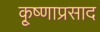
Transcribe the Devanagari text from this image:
कृ्ष्णाप्रसाद